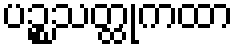
ပဉ္စသတ္ထုကထာ